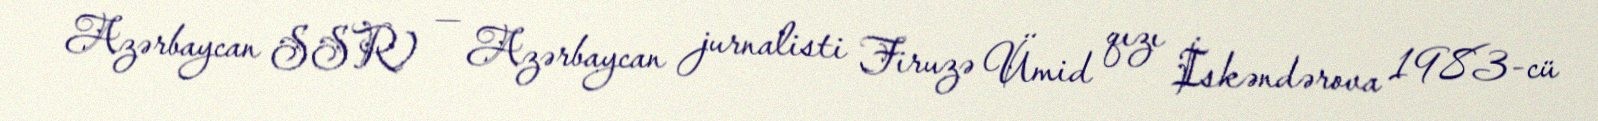
Azərbaycan SSR) — Azərbaycan jurnalisti Firuzə Ümid qızı İskəndərova 1983-cü